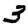
Digit: 3